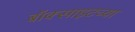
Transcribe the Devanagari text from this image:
बॉक्साइटच्या